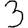
Digit: 3